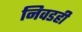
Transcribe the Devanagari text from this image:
निवडही